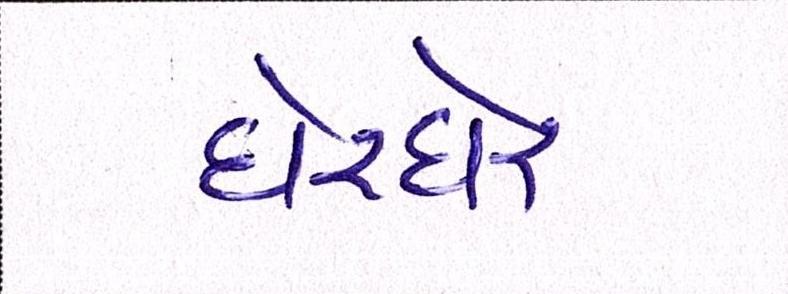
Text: ઘેરઘેર